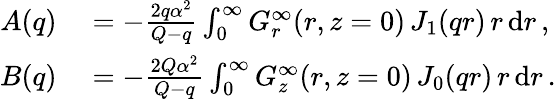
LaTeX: \begin{array}{rl}{A(q)}&{{}=-\frac{2q\alpha^{2}}{Q-q}\int_{0}^{\infty}G_{r}^{\infty}(r,z=0)\, J_{1}(qr)\, r\, \mathrm{d}r\, ,}\\ {B(q)}&{{}=-\frac{2Q\alpha^{2}}{Q-q}\int_{0}^{\infty}G_{z}^{\infty}(r,z=0)\, J_{0}(qr)\, r\, \mathrm{d}r\, .}\end{array}